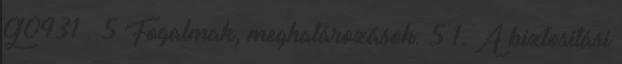
G0431 . 5 Fogalmak, meghatározások. 5 1. A biztosítási